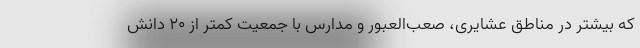
که بیشتر در مناطق عشایری، صعب‌العبور و مدارس با جمعیت کمتر از ۲۰ دانش